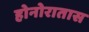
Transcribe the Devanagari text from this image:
होनोरातास